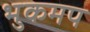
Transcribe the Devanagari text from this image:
भुकमप